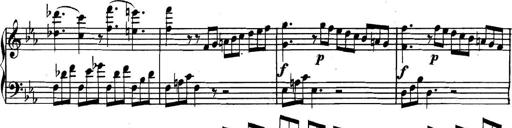
Title: Collected Piano Sonatas
Composer: Muzio Clementi